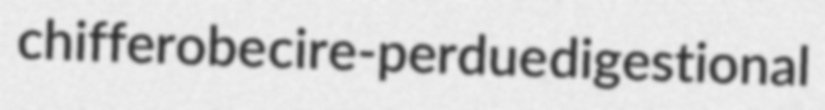
chifferobe cire-perdue digestional